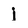
Character: j